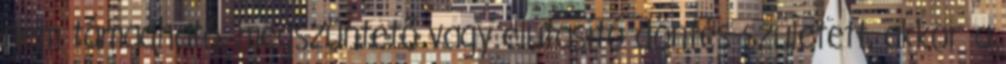
nem támadható, megszüntető vagy elutasító döntés született, akkor a